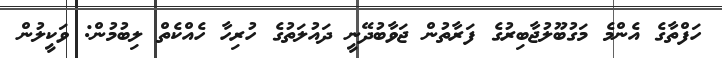
ހަފްތާގެ އެންމެ މަގުބޫލުޖާބިރުގެ ފަރާތުން ޖަވާބުދޭނީ ދައުލަތުގެ ހުރިހާ ހެއްކެތް ލިބުމުން: ވަކީލުން